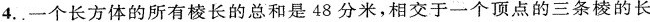
4.。一个长方体的所有棱长的总和是48分米，相交于一个顶点的三条棱的长